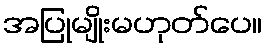
အပြုမျိုးမဟုတ်ပေ။